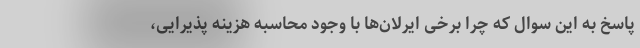
پاسخ به این سوال که چرا برخی ایرلان‌ها با وجود محاسبه هزینه پذیرایی،